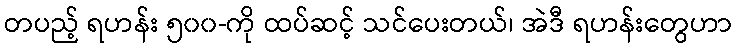
တပည့် ရဟန်း ၅၀၀-ကို ထပ်ဆင့် သင်ပေးတယ်၊ အဲဒီ ရဟန်းတွေဟာ